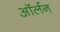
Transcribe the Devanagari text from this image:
ऑर्लन